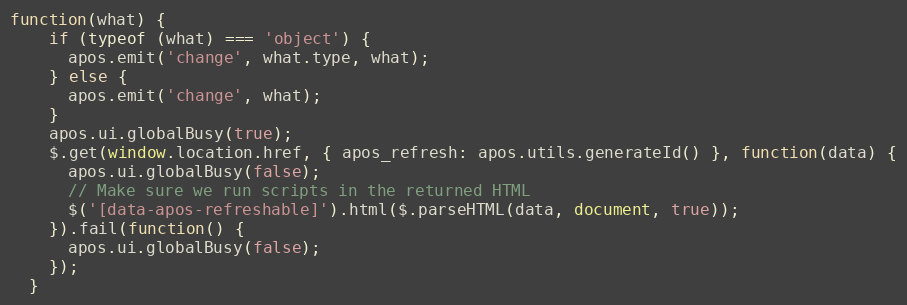
Language: JavaScript
function(what) {
    if (typeof (what) === 'object') {
      apos.emit('change', what.type, what);
    } else {
      apos.emit('change', what);
    }
    apos.ui.globalBusy(true);
    $.get(window.location.href, { apos_refresh: apos.utils.generateId() }, function(data) {
      apos.ui.globalBusy(false);
      // Make sure we run scripts in the returned HTML
      $('[data-apos-refreshable]').html($.parseHTML(data, document, true));
    }).fail(function() {
      apos.ui.globalBusy(false);
    });
  }